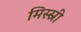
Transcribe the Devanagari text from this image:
मिस्स्री